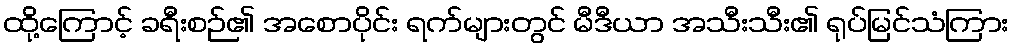
ထို့ကြောင့် ခရီးစဉ်၏ အစောပိုင်း ရက်များတွင် မီဒီယာ အသီးသီး၏ ရုပ်မြင်သံကြား